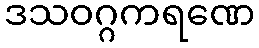
ဒသဝဂ္ဂကရဏေ